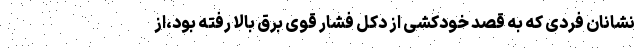
نشانان فردی که به قصد خودکشی از دکل فشار قوی برق بالا رفته بود،از